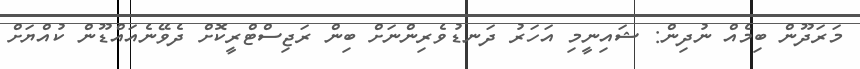
މަރަދޫން ބިމެއް ނުދިން: ޝައިނީމި އަހަރު ދަނޑުވެރިންނަށް ބިން ރަޖިސްޓްރީކޮށް ދެވޭނެއައްޑޫން ކުއްޔަށް